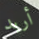
أريد